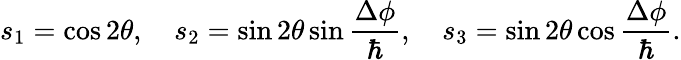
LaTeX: s_{1}=\cos 2\theta,\quad s_{2}=\sin 2\theta\sin\frac{\Delta\phi}{\hbar},\quad s_{3}=\sin 2\theta\cos\frac{\Delta\phi}{\hbar}.